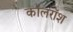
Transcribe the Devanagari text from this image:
कॉलरॉश